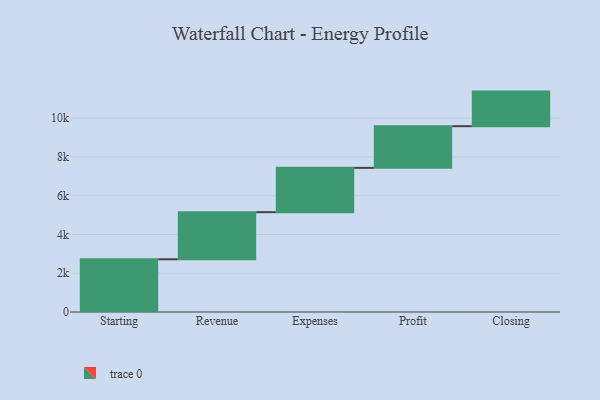
{"axis": {"x": "Step", "y": "Value"}, "legend": [""], "data": [{"x": "Starting", "y": 2720.0, "type": ""}, {"x": "Revenue", "y": 2431.0, "type": ""}, {"x": "Expenses", "y": 2286.0, "type": ""}, {"x": "Profit", "y": 2150.0, "type": ""}, {"x": "Closing", "y": 1785.0, "type": ""}]}